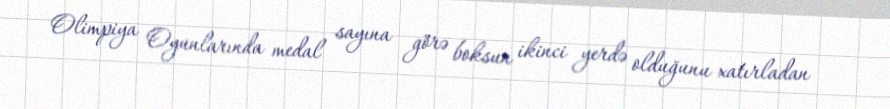
Olimpiya Oyunlarında medal sayına görə boksun ikinci yerdə olduğunu xatırladan